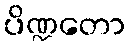
ပိဏ္ဍတော